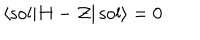
\langle \mathrm { s o l } | H - { \cal Z } | \, \mathrm { s o l } \rangle = 0